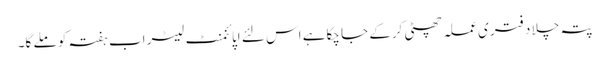
پتہ چلا دفتری عملہ چھٹی کرکے جا چکاہے اس لئے اپائنمنٹ لیٹر اب ہفتہ کو ملے گا۔